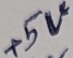
Text: +5V